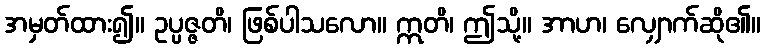
အမှတ်ထား၍။ ဥပ္ပဇ္ဇတိ၊ ဖြစ်ပါသလော။ ဣတိ၊ ဤသို့။ အာဟ၊ လျှောက်ဆို၏။